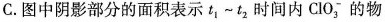
C.图中阴影部分的面积表示t_{1}\sim t_{2}时间内ClO_{3}^{-}，的物